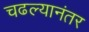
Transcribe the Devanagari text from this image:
चढल्यानंतर